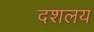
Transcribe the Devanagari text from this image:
दशलय